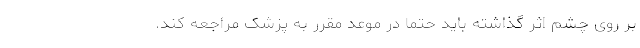
بر روی چشم اثر گذاشته باید حتماً در موعد مقرر به پزشک مراجعه کند.